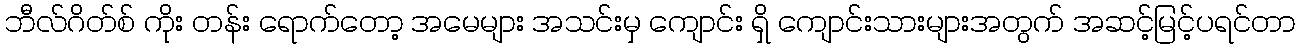
ဘီလ်ဂိတ်စ် ကိုး တန်း ရောက်တော့ အမေများ အသင်းမှ ကျောင်း ရှိ ကျောင်းသားများအတွက် အဆင့်မြင့်ပရင်တာ